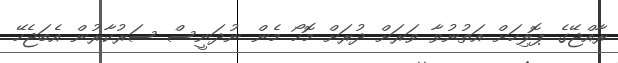
ރާއްޖޭގެ ޕޮލިހަށް އަތުނުވާ ވަރަށް ދުރަށް މޮހޯ މެން ނުދަނީސް ސަރުކާރުން އެބަޖެހޭ